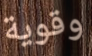
وقوية